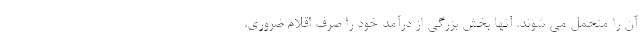
آن را متحمل می شوند. آنها بخش بزرگی از درآمد خود را صرف اقلام ضروری،